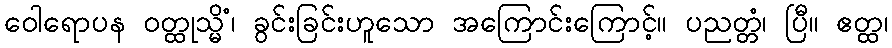
ဝေါရောပန ဝတ္ထုသ္မိံ၊ ခွင်းခြင်းဟူသော အကြောင်းကြောင့်။ ပညတ္တံ၊ ပြီ။ ဧတ္ထ၊